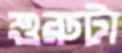
শুরুটা